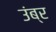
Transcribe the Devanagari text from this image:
उंब्र